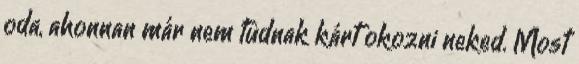
oda, ahonnan már nem tudnak kárt okozni neked. Most